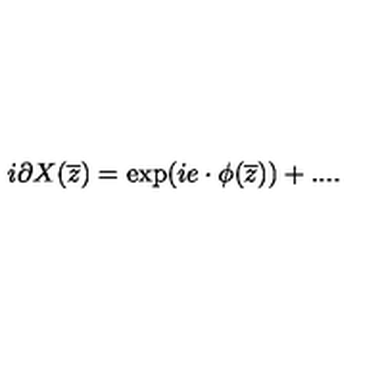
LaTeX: i \partial X ( { \overline { z } } ) = \exp ( i e \cdot \phi ( { \overline { z } } ) ) + . . . .